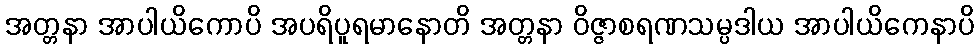
အတ္တနာ အာပါယိကောပိ အပရိပူရမာနောတိ အတ္တနာ ဝိဇ္ဇာစရဏသမ္ပဒါယ အာပါယိကေနာပိ